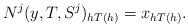
LaTeX: \begin{align*} N^j(y,T,S^j)_{h T(h)} = x_{h T(h)}. \end{align*}